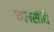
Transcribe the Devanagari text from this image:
चलसंधि